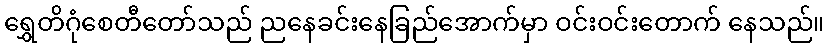
ရွှေတိဂုံစေတီတော်သည် ညနေခင်းနေခြည်အောက်မှာ ဝင်းဝင်းတောက် နေသည်။